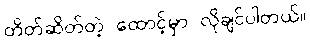
တိတ်ဆိတ်တဲ့ ထောင့်မှာ လိုချင်ပါတယ်။